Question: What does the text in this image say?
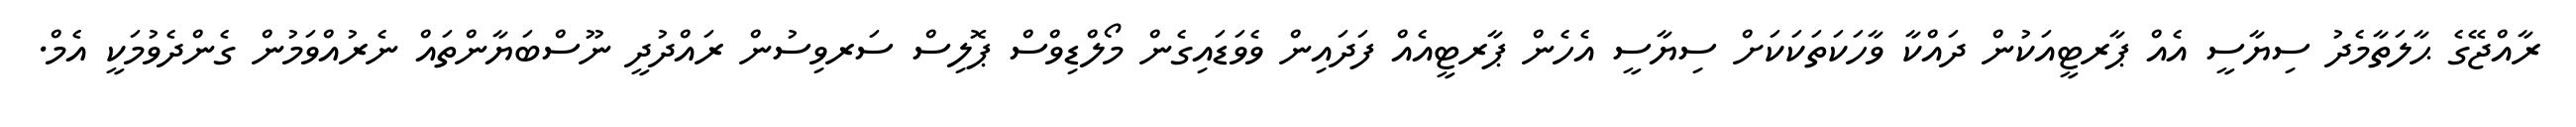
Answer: ރާއްޖޭގެ ޙާލަތާމެދު ސިޔާސީ އެއް ޕާރޓީއަކުން ދައްކާ ވާހަކަތަކަކަށް ސިޔާސީ އެހެން ޕާރޓީއެއް ފަދައިން ވެވަޑައިގެން މޯލްޑިވްސް ޕޮލިސް ސަރވިސުން ރައްދުދީ ނޫސްބަޔާންތައް ނެރުއްވަމުން ގެންދެވުމަކީ އެމް.